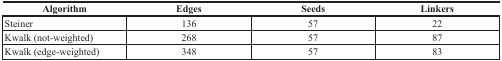
| Algorithm | Edges | Seeds | Linkers |
 | --- | --- | --- | --- |
 | Steiner | 136 | 57 | 22 |
 | Kwalk (not-weighted) | 268 | 57 | 87 |
 | Kwalk (edge-weighted) | 348 | 57 | 83 |